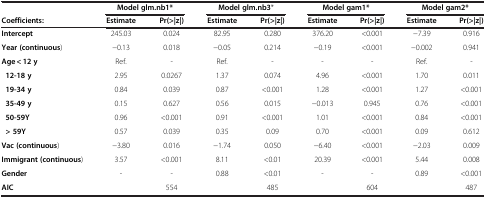
<table><thead><tr><td><b> </b></td><td colspan="2"><b>Model glm.nb1*</b></td><td colspan="2"><b>Model glm.nb3*</b></td><td colspan="2"><b>Model gam1*</b></td><td colspan="2"><b>Model gam2*</b></td></tr><tr><td><b>Coefficients:</b></td><td><b>Estimate</b></td><td><b>Pr(&gt;|z|)</b></td><td><b>Estimate</b></td><td><b>Pr(&gt;|z|)</b></td><td><b>Estimate</b></td><td><b>Pr(&gt;|z|)</b></td><td><b>Estimate</b></td><td><b>Pr(&gt;|z|)</b></td></tr></thead><tbody><tr><td><b>Intercept</b></td><td>245.03</td><td>0.024</td><td>82.95</td><td>0.280</td><td>376.20</td><td>&lt;0.001</td><td>−7.39</td><td>0.916</td></tr><tr><td><b>Year (continuous</b>)</td><td>−0.13</td><td>0.018</td><td>−0.05</td><td>0.214</td><td>−0.19</td><td>&lt;0.001</td><td>−0.002</td><td>0.941</td></tr><tr><td><b>Age &lt; 12 y</b></td><td>Ref.</td><td>-</td><td>Ref.</td><td>-</td><td>-</td><td>-</td><td>Ref.</td><td>-</td></tr><tr><td><b> 12-18 y</b></td><td>2.95</td><td>0.0267</td><td>1.37</td><td>0.074</td><td>4.96</td><td>&lt;0.001</td><td>1.70</td><td>0.011</td></tr><tr><td><b> 19-34 y</b></td><td>0.84</td><td>0.039</td><td>0.87</td><td>&lt;0.001</td><td>1.28</td><td>&lt;0.001</td><td>1.27</td><td>&lt;0.001</td></tr><tr><td><b> 35-49 y</b></td><td>0.15</td><td>0.627</td><td>0.56</td><td>0.015</td><td>−0.013</td><td>0.945</td><td>0.76</td><td>&lt;0.001</td></tr><tr><td><b> 50-59Y</b></td><td>0.96</td><td>&lt;0.001</td><td>0.91</td><td>&lt;0.001</td><td>1.01</td><td>&lt;0.001</td><td>0.84</td><td>&lt;0.001</td></tr><tr><td><b> &gt; 59Y</b></td><td>0.57</td><td>0.039</td><td>0.35</td><td>0.09</td><td>0.70</td><td>&lt;0.001</td><td>0.09</td><td>0.612</td></tr><tr><td><b>Vac (continuous</b>)</td><td>−3.80</td><td>0.016</td><td>−1.74</td><td>0.050</td><td>−6.40</td><td>&lt;0.001</td><td>−2.03</td><td>0.009</td></tr><tr><td><b>Immigrant (continuous</b>)</td><td>3.57</td><td>&lt;0.001</td><td>8.11</td><td>&lt;0.01</td><td>20.39</td><td>&lt;0.001</td><td>5.44</td><td>0.008</td></tr><tr><td><b>Gender</b></td><td>-</td><td>-</td><td>0.88</td><td>&lt;0.01</td><td>-</td><td>-</td><td>0.89</td><td>&lt;0.001</td></tr><tr><td><b>AIC</b></td><td> </td><td>554</td><td> </td><td>485</td><td> </td><td>604</td><td> </td><td>487</td></tr></tbody></table>